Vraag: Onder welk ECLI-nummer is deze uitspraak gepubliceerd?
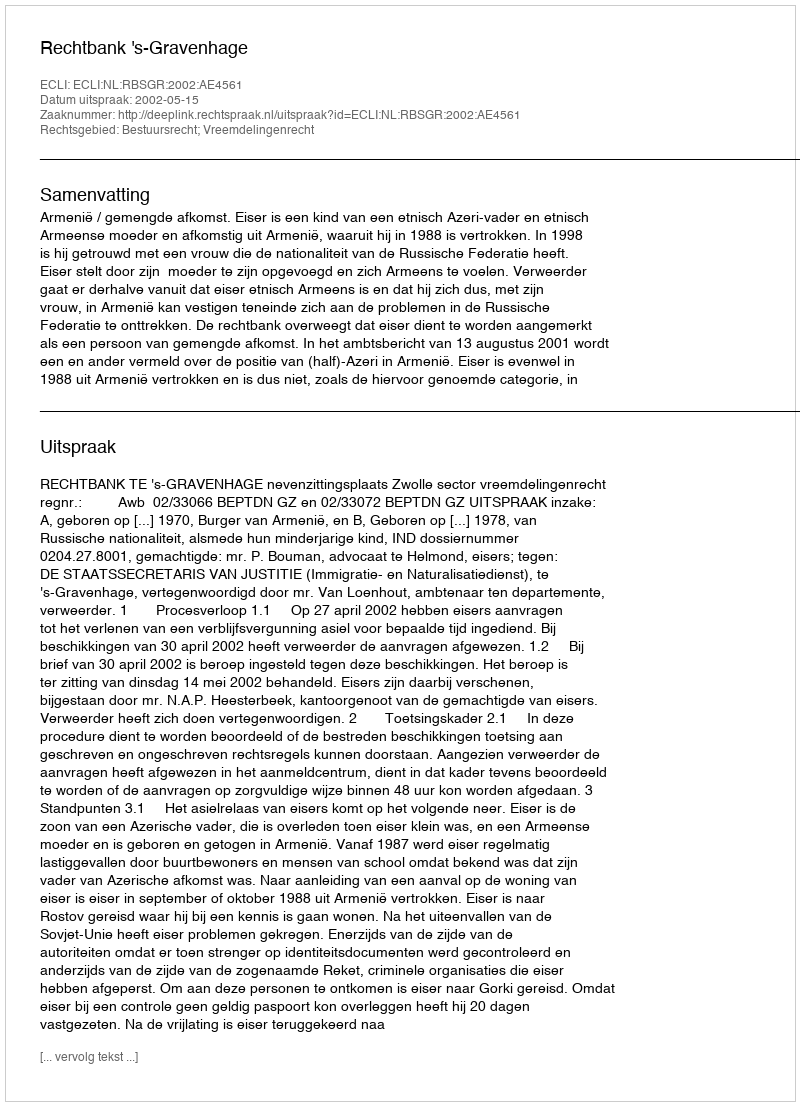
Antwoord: ECLI:NL:RBSGR:2002:AE4561